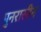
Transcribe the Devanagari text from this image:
पुनरासीन